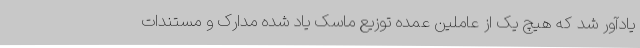
یادآور شد که هیچ یک از عاملین عمده توزیع ماسک یاد شده مدارک و مستندات